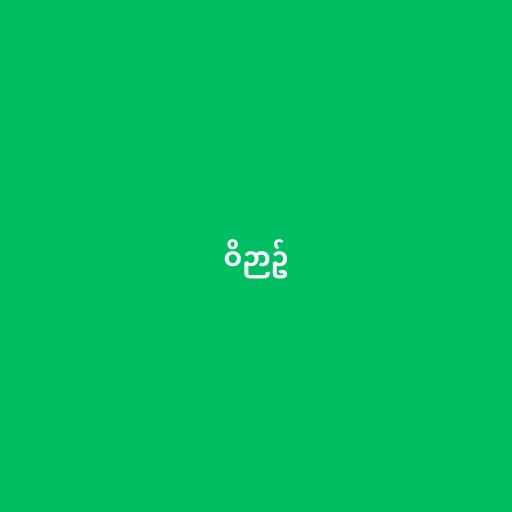
ဝိဉာဥ်